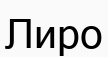
Лиро